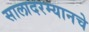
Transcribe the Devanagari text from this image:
सालादरम्यानचे